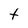
Character: t